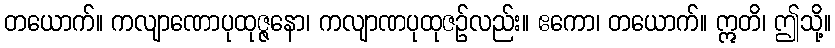
တယောက်။ ကလျာဏောပုထုဇ္ဇနော၊ ကလျာဏပုထုဇဉ်လည်း။ ဧကော၊ တယောက်။ ဣတိ၊ ဤသို့။